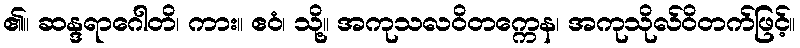
၏။ ဆန္ဒရာဂေါတိ၊ ကား။ ဧဝံ၊ သို့။ အကုသလဝိတက္ကေန၊ အကုသိုလ်ဝိတက်ဖြင့်။